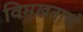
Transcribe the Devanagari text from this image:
विमुखताओं